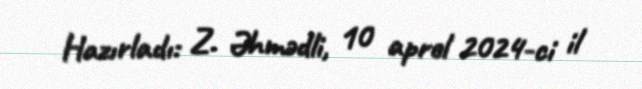
Hazırladı: Z. Əhmədli, 10 aprel 2024-ci il